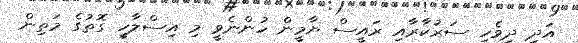
އަދި ދިވެހި ސަރުކާރާއި ރައީސް ޔާމީން ހުންނެވީ މި އިސްލާހީ ގޮތުގެ މަތިން